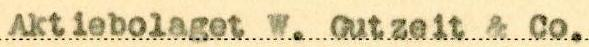
Aktiebolaget W. Gutzeit & Co.